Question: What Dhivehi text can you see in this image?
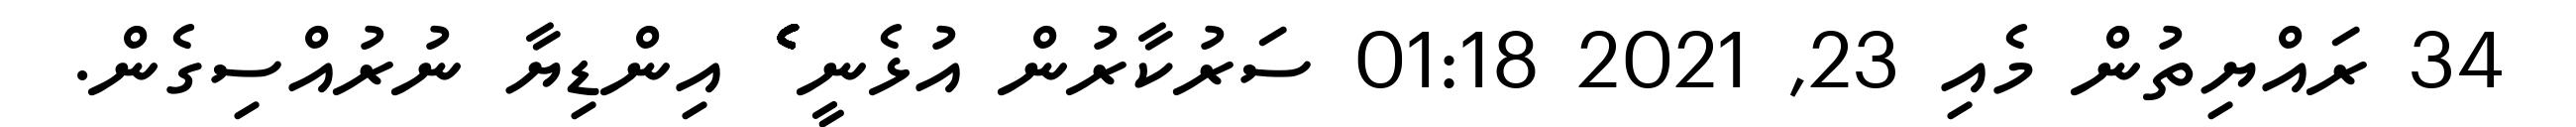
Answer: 34 ރައްޔިތުން މެއި 23, 2021 01:18 ސަރުކާރުން އުޅެނީ ެެެެެެެެެެެެެެެެެެެެެެެެެެެެެެެެެެެެެެެެެެެެެެެެެެެެެެެެެެެެެެެ އިންޑިޔާ ނުރުއްސިގެން.